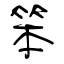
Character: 笨